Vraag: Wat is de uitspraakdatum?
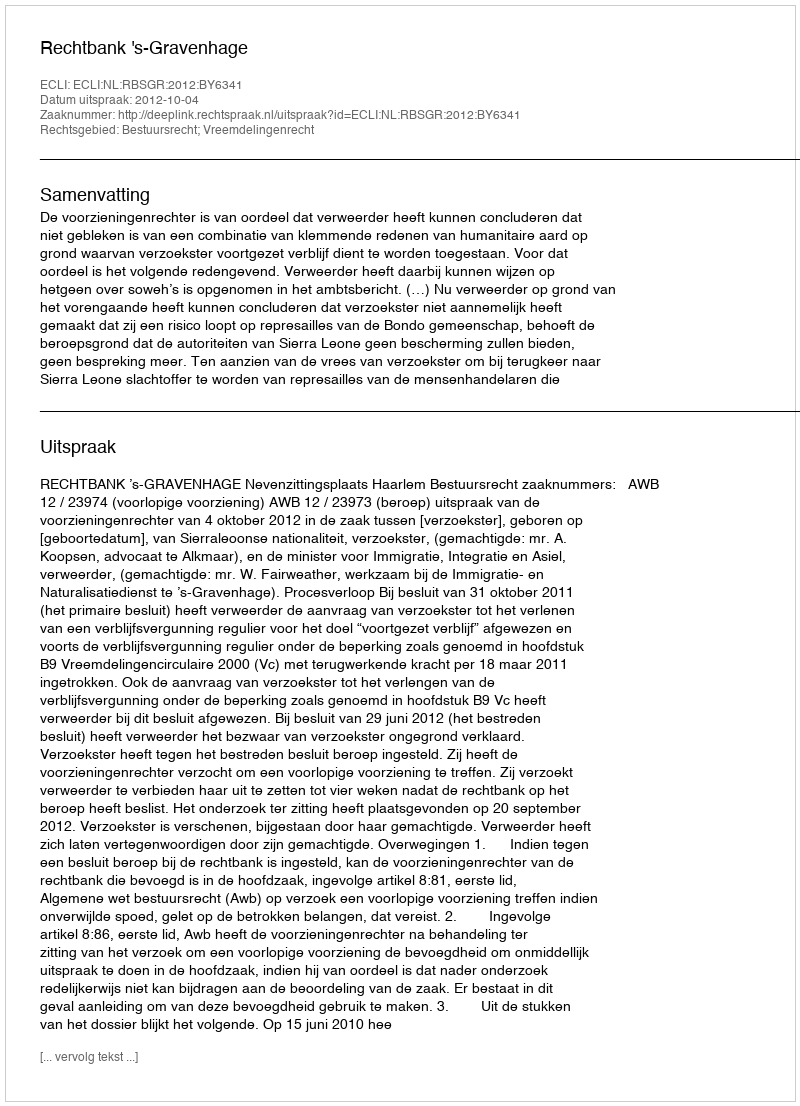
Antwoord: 2012-10-04